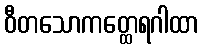
ဝီတသောကတ္ထေရဂါထာ